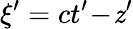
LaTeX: \xi^{\prime}=ct^{\prime}\! -\! \mathit{z}^{\prime}